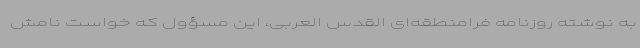
به نوشته روزنامه فرامنطقه‌ای القدس العربی، این مسؤول که خواست نامش